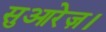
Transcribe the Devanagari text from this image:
सुआरेज़।